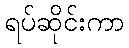
ရပ်ဆိုင်းကာ